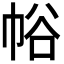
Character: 𢂲